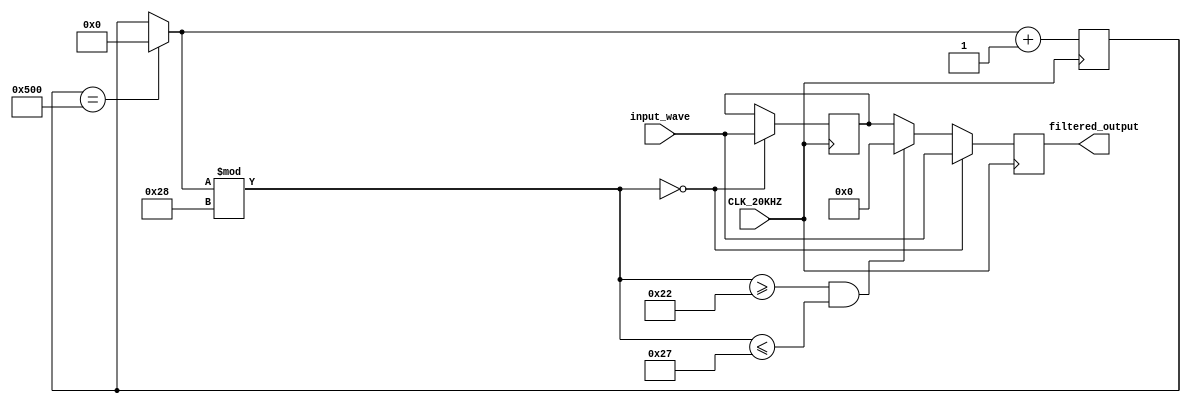
`timescale 1ns / 1ps
//////////////////////////////////////////////////////////////////////////////////
// Company: 
// Engineer: 
// 
// Design Name: 
// Module Name: moving_av_filter
// Project Name: 
// Target Devices: 
// Tool Versions: 
// Description: 
// 
// Dependencies: 
// 
// Revision:
// Revision 0.01 - File Created
// Additional Comments:
// 
//////////////////////////////////////////////////////////////////////////////////


module bar_convertor( 
    input CLK_20KHZ, 
    input [11:0] input_wave,
    output reg [11:0] filtered_output
    );
    
    reg [10:0] new_counter = 0; //0 - 1279
    reg [11:0] cur_output = 0;
    always @ (posedge CLK_20KHZ) begin
        if (new_counter == 1280) new_counter = 0;
            
        if (new_counter % 40 == 0) begin
           cur_output = input_wave;
           filtered_output = cur_output;    
        end
        else if (new_counter % 40 >= 34 && new_counter % 40 <= 39) begin
            filtered_output = 0;
        end
        else filtered_output = cur_output;
        
        new_counter = new_counter + 1;
    end
endmodule